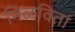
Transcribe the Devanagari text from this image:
मिळवितां